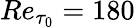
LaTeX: Re_{\tau_{0}}=180